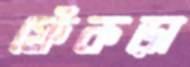
ফেঁকড়া